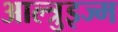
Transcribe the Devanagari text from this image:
आल्त्रुइज्म